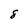
Character: 8